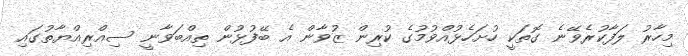
މިހާރު ލަފާކުރެވޭނެ ގޮތަކީ ހުށަހެޅުއްވުމުގެ ކުރިން ޒުވާން އެ ބޭފުޅުން ތިއްބަވާނީ ސިއްރިއްޔާތުގައި